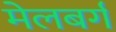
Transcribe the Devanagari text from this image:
मेलबर्ग